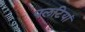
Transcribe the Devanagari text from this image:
पलटियां